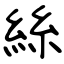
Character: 絲